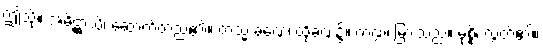
ဤသို့။ အဓိဋ္ဌာသိ၊ ဆောက်တည်၏။ တသ္မိံ ခဏေ၊ ထိုခဏ၌။ ကဏ္ဍံ၊ မြားသည်။ မုစ္စိ၊ လွတ်၏။